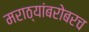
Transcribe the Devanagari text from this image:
मराठ्यांबरोबरच